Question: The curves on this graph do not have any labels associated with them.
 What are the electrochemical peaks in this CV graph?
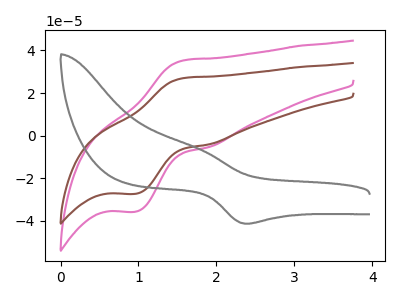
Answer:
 <answer>The pink curve "pink" has an anodic peak at (1.60V, 35.40uA) and a cathodic peak at (0.95V, -35.70uA). The brown curve "brown" has an anodic peak at (1.60V, 27.10uA) and a cathodic peak at (0.95V, -27.30uA). The gray curve "gray" has an anodic peak at (1.75V, -6.00uA) and a cathodic peak at (2.40V, -41.30uA).</answer>
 <eval></eval>